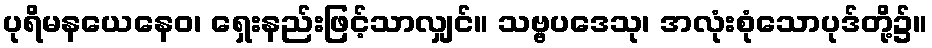
ပုရိမနယေနေဝ၊ ရှေးနည်းဖြင့်သာလျှင်။ သဗ္ဗပဒေသု၊ အလုံးစုံသောပုဒ်တို့၌။